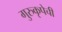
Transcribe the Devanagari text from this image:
गुरुकृपेची